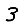
Digit: 3